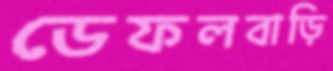
ডেফলবাড়ি